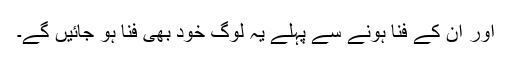
اور ان کے فنا ہونے سے پہلے یہ لوگ خود بھی فنا ہو جائیں گے۔